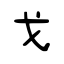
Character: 戈